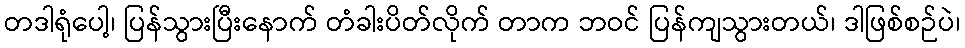
တဒါရုံပေါ့၊ ပြန်သွားပြီးနောက် တံခါးပိတ်လိုက် တာက ဘဝင် ပြန်ကျသွားတယ်၊ ဒါဖြစ်စဉ်ပဲ၊